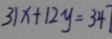
3 1 x + 1 2 y = 3 4 7